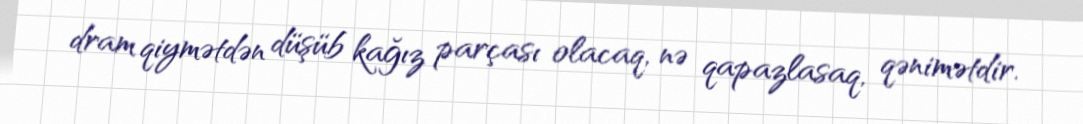
dram qiymətdən düşüb kağız parçası olacaq, nə qapazlasaq, qənimətdir.